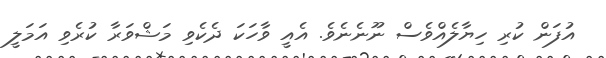
އުފަން ކުރި ހިޔާލެއްވެސް ނޫނެނެވެ. އެއީ ވާހަކަ ދެކެވި މަޝްވަރާ ކުރެވި އަމަލީ